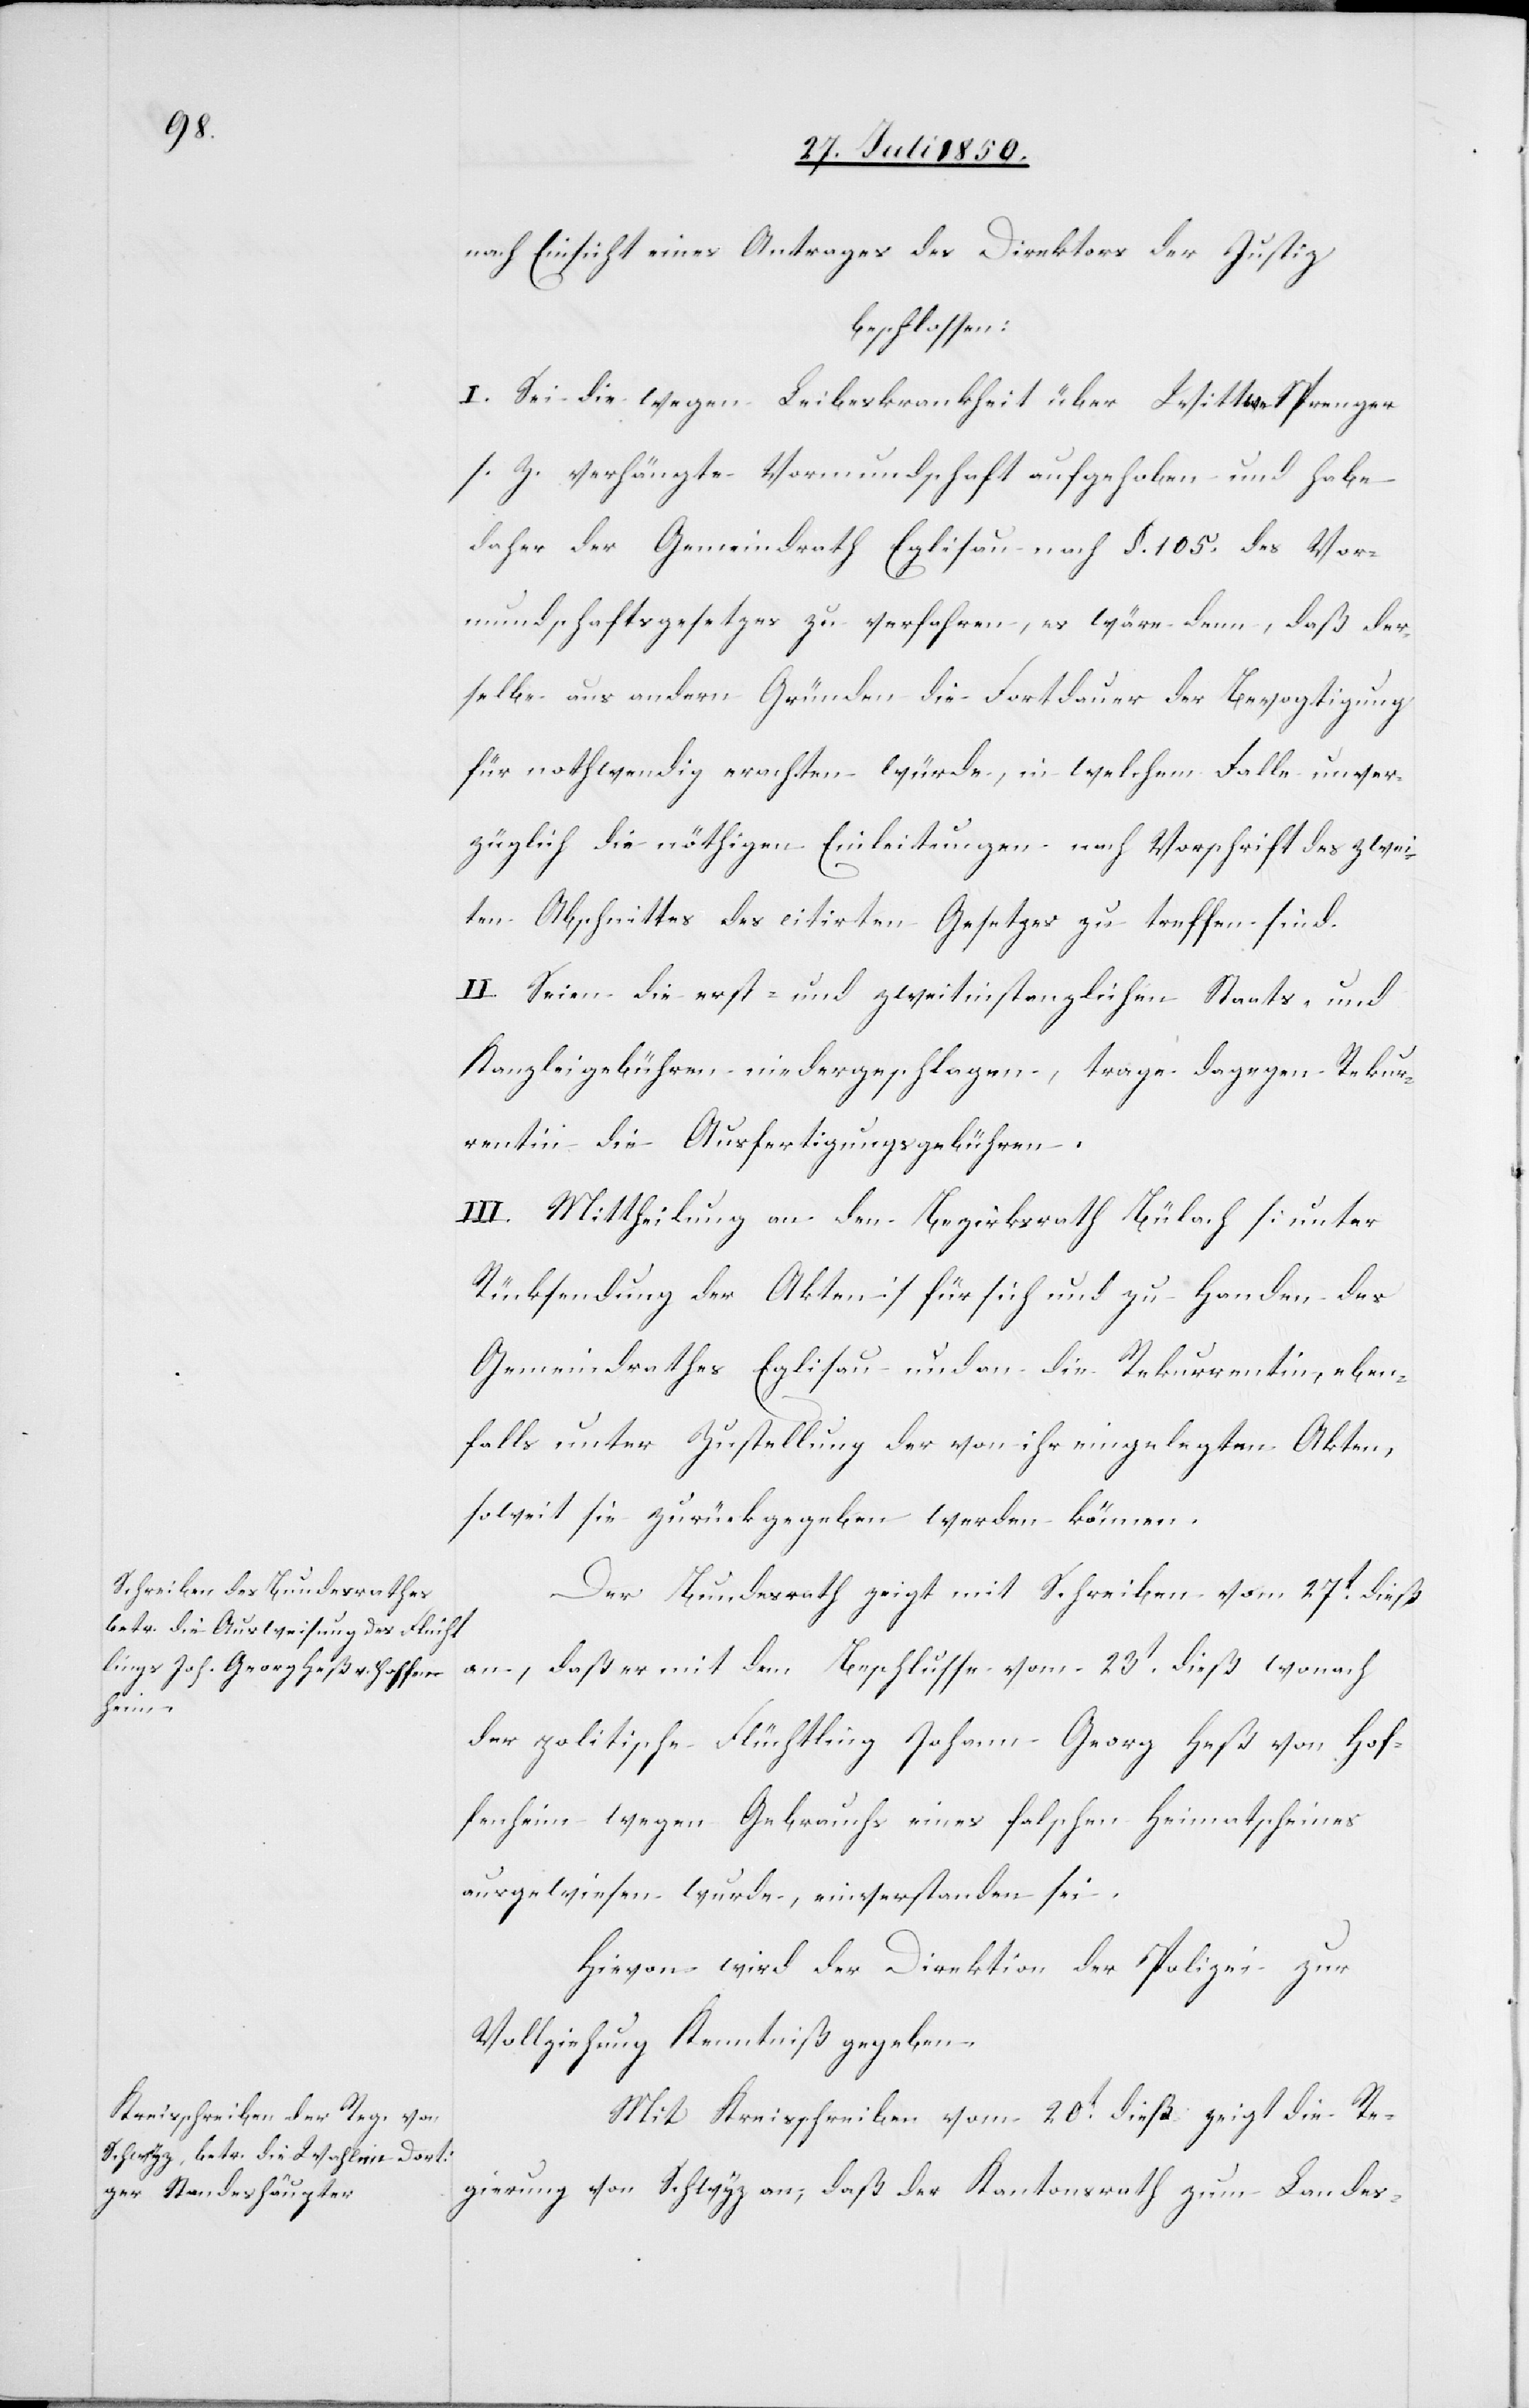
nach Einsicht eines Antrages des Direktors der Justiz
beschlossen:
I. Sei die wegen Leibeskrankheit über Wittwe Sprenger
s. Z. verhängte Vormundschaft aufgehoben und habe
daher der Gemeindrath Eglisau nach §. 105. des Vor¬
mundschaftsgesetzes zu verfahren, es wäre denn, daß der¬
selbe aus andern Gründen die Fortdauer der Bevogtigung
für nothwendig erachten würde, in welchem Falle unver¬
züglich die nöthigen Einleitungen nach Vorschrift des zwei¬
ten Abschnittes des citirten Gesetzes zu treffen sind.
II. Seien die erst- und zweitinstanzlichen Staats- und
Kanzleigebühren niedergeschlagen, trage dagegen Rekur¬
rentin die Ausfertigungsgebühren.
III. Mittheilung an den Bezirksrath Bülach [unter
Rücksendung der Akten] für sich und zu Handen des
Gemeindrathes Eglisau und an die Rekurrentin, eben¬
falls unter Zustellung der von ihr eingelegten Akten,
soweit sie zurückgegeben werden können.
Der Bundesrath zeigt mit Schreiben vom 27t dieß
an, daß er mit dem Beschlusse vom 23t dieß wonach
der politische Flüchtling Johann Georg Heß von Hof¬
fenheim wegen Gebrauchs eines falschen Heimatscheines
ausgewiesen wurde, einverstanden sei.
Hievon wird der Direktion der Polizei zur
Vollziehung Kenntniß gegeben.
Mit Kreisschreiben vom 20t dieß zeigt die Re¬
gierung von Schwyz an, daß der Kantonsrath zum Landes-